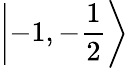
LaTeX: \left|-1,-{\frac{1}{2}}\right\rangle